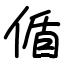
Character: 偱